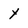
Character: x